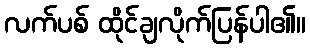
လက်ပစ် ထိုင်ချလိုက်ပြန်ပါ၏။